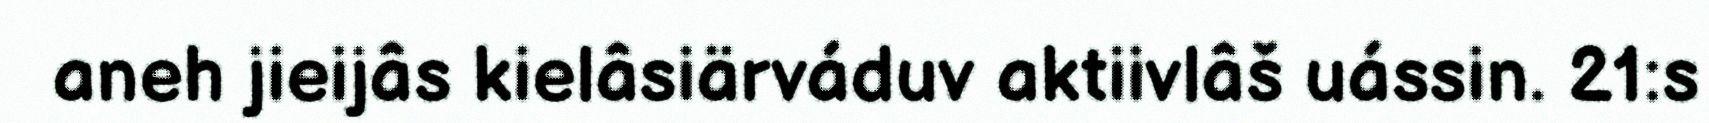
aneh jieijâs kielâsiärváduv aktiivlâš uássin. 21:s